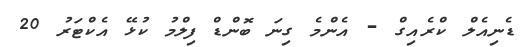
ޑެނިއެލް ކްރެއިގް - އެންމެ ގިނަ ބޮންޑް ފިލްމު ކުޅޭ އެކްޓަރު 20